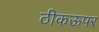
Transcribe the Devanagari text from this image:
ठीकऊपर